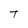
Character: T